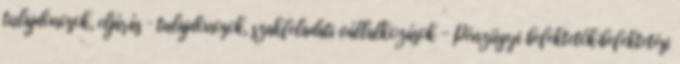
tulajdonosok, eljárás – tulajdonosok, szakfeladati vállalkozások - Pénzügyi befektetők:befektetési